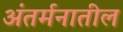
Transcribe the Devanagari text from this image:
अंतर्मनातील